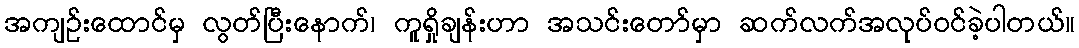
အကျဉ်းထောင်မှ လွတ်ပြီးနောက်၊ ကူရှိုချန်းဟာ အသင်းတော်မှာ ဆက်လက်အလုပ်ဝင်ခဲ့ပါတယ်။